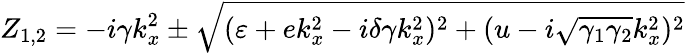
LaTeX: Z_{1,2}=-i\gamma k_{x}^{2}\pm\sqrt{(\varepsilon+ek_{x}^{2}-i\delta\gamma k_{x}^{2})^{2}+(u-i\sqrt{\gamma_{1}\gamma_{2}}k_{x}^{2})^{2}}